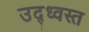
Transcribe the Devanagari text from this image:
उद्‌ध्‍वस्त